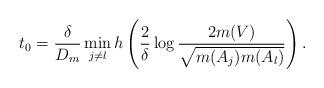
LaTeX: \begin{align*}t_0=\frac{\delta}{D_m}\min_{j\neq l} h\left(\frac{2}{\delta}\log \frac{2m(V)}{\sqrt{m(A_j)m(A_l)}}\right).\end{align*}